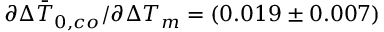
\partial \Delta \bar { T } _ { 0 , c o } / \partial \Delta T _ { m } = ( 0 . 0 1 9 \pm 0 . 0 0 7 )